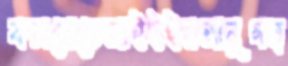
কলম্বোতেআইইইরআনুগত্